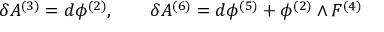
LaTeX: \delta A ^ { ( 3 ) } = d \phi ^ { ( 2 ) } , \qquad \delta A ^ { ( 6 ) } = d \phi ^ { ( 5 ) } + \phi ^ { ( 2 ) } \wedge F ^ { ( 4 ) }